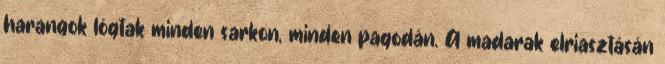
harangok lógtak minden sarkon, minden pagodán. A madarak elriasztásán